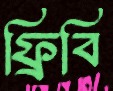
ফ্রিবি